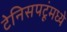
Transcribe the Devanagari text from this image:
टेनिसपटूंमध्ये